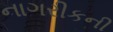
નાગરીકની